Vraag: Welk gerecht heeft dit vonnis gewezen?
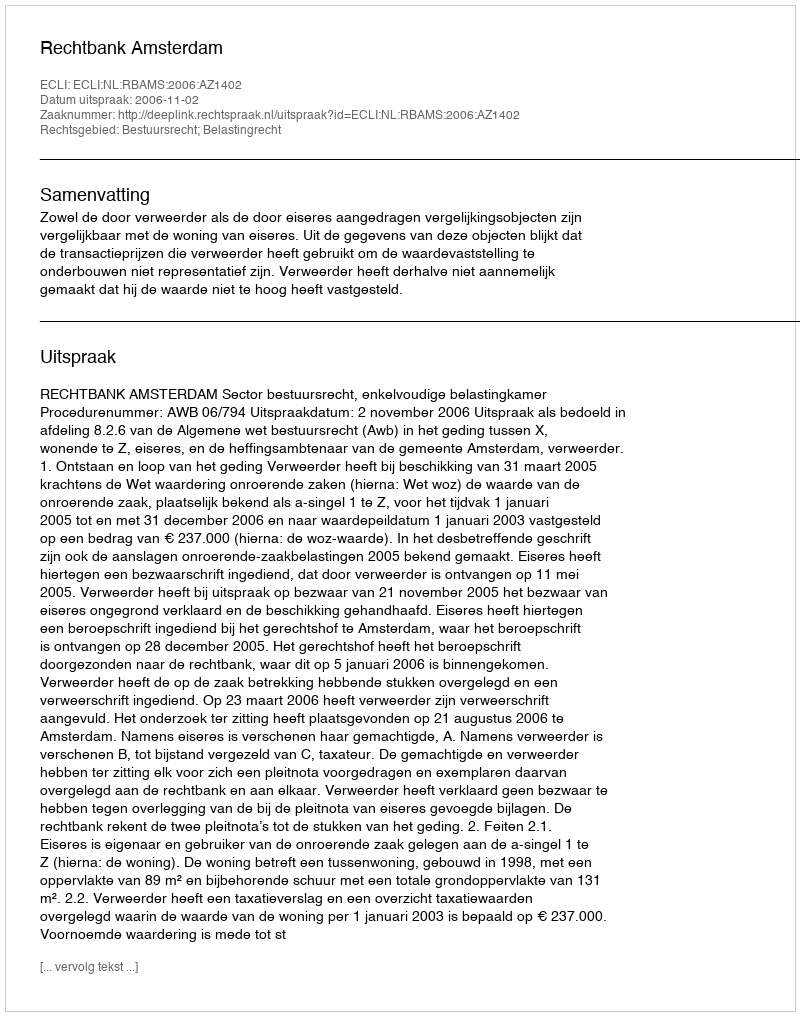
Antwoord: Rechtbank Amsterdam